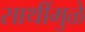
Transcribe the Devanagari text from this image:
साथींमुळे